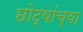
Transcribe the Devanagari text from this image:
छोट्यांच्या